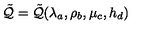
\tilde { { \cal Q } } = \tilde { { \cal Q } } ( \lambda _ { a } , \rho _ { b } , \mu _ { c } , h _ { d } )